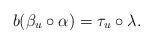
LaTeX: \begin{gather*}b(\beta_u\circ\alpha)=\tau_u\circ \lambda.\end{gather*}